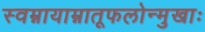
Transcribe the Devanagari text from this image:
स्वम्नायाम्नातूफलोन्मुखाः